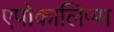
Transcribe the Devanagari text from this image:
एपोकालिप्स